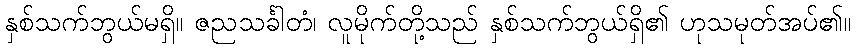
နှစ်သက်ဘွယ်မရှိ။ ဇညသင်္ခါတံ၊ လူမိုက်တို့သည် နှစ်သက်ဘွယ်ရှိ၏ ဟုသမုတ်အပ်၏။